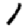
Digit: 1